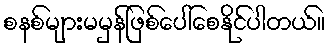
စနစ်များမမှန်ဖြစ်ပေါ်စေနိုင်ပါတယ်။